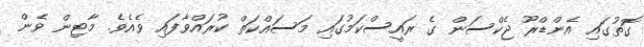
ގޮތުގައި އެންޑްރޫ ޖެކްސަން ގެ ރައީސްކަމުގައި މަސައްކަތް ކުރައްވާފައި ވެއެވެ. މާޓިން ވެން